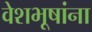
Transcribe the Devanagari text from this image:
वेशभूषांना